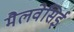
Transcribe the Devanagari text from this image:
मैलवेसिई